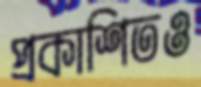
প্রকাশিতও